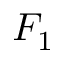
F _ { 1 }